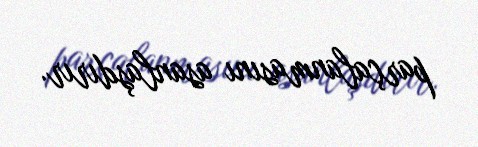
parçalanmasını asanlaşdırır.